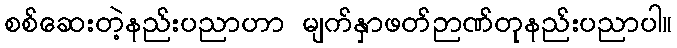
စစ်ဆေးတဲ့နည်းပညာဟာ မျက်နှာဖတ်ဉာဏ်တုနည်းပညာပါ။